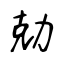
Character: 勀